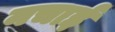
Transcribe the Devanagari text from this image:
नचाई